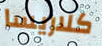
كلاريسا